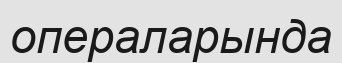
операларында